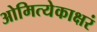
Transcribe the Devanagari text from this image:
ओमित्येकाक्षरं